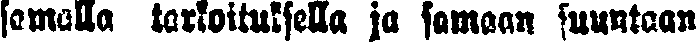
somalla tarkoituksella ja samaan suuntaan